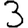
Digit: 3